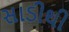
સાડીથી